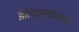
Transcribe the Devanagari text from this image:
इतिहासाइतकाच